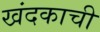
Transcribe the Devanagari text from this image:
खंदकाची